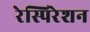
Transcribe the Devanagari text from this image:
रेस्पिरेशन